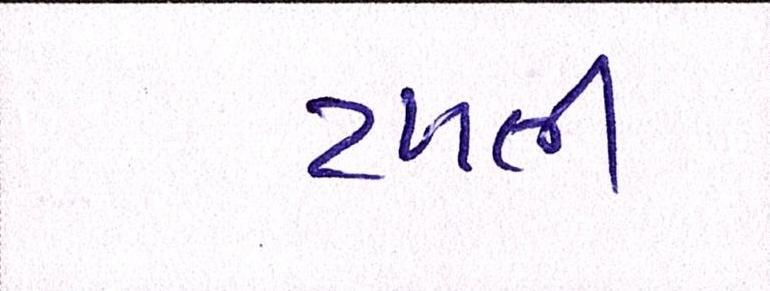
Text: ટળતી